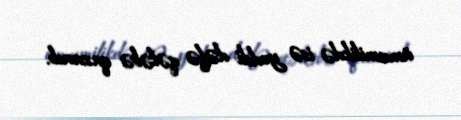
ümumilikdə isə yeddi dəfə qələbə qazanıb.